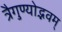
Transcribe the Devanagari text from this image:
त्रैगुण्योद्भवम्